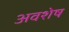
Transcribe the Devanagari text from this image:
अवशेष्‍ा